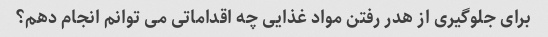
برای جلوگیری از هدر رفتن مواد غذایی چه اقداماتی می توانم انجام دهم؟